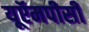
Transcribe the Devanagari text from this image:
यूऍमपीसी